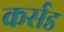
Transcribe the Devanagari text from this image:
कर्सड